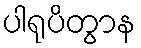
ပါရုပိတွာန